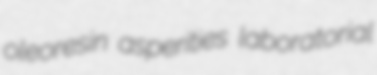
oleoresin asperities laboratorial